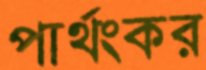
পার্থংকর